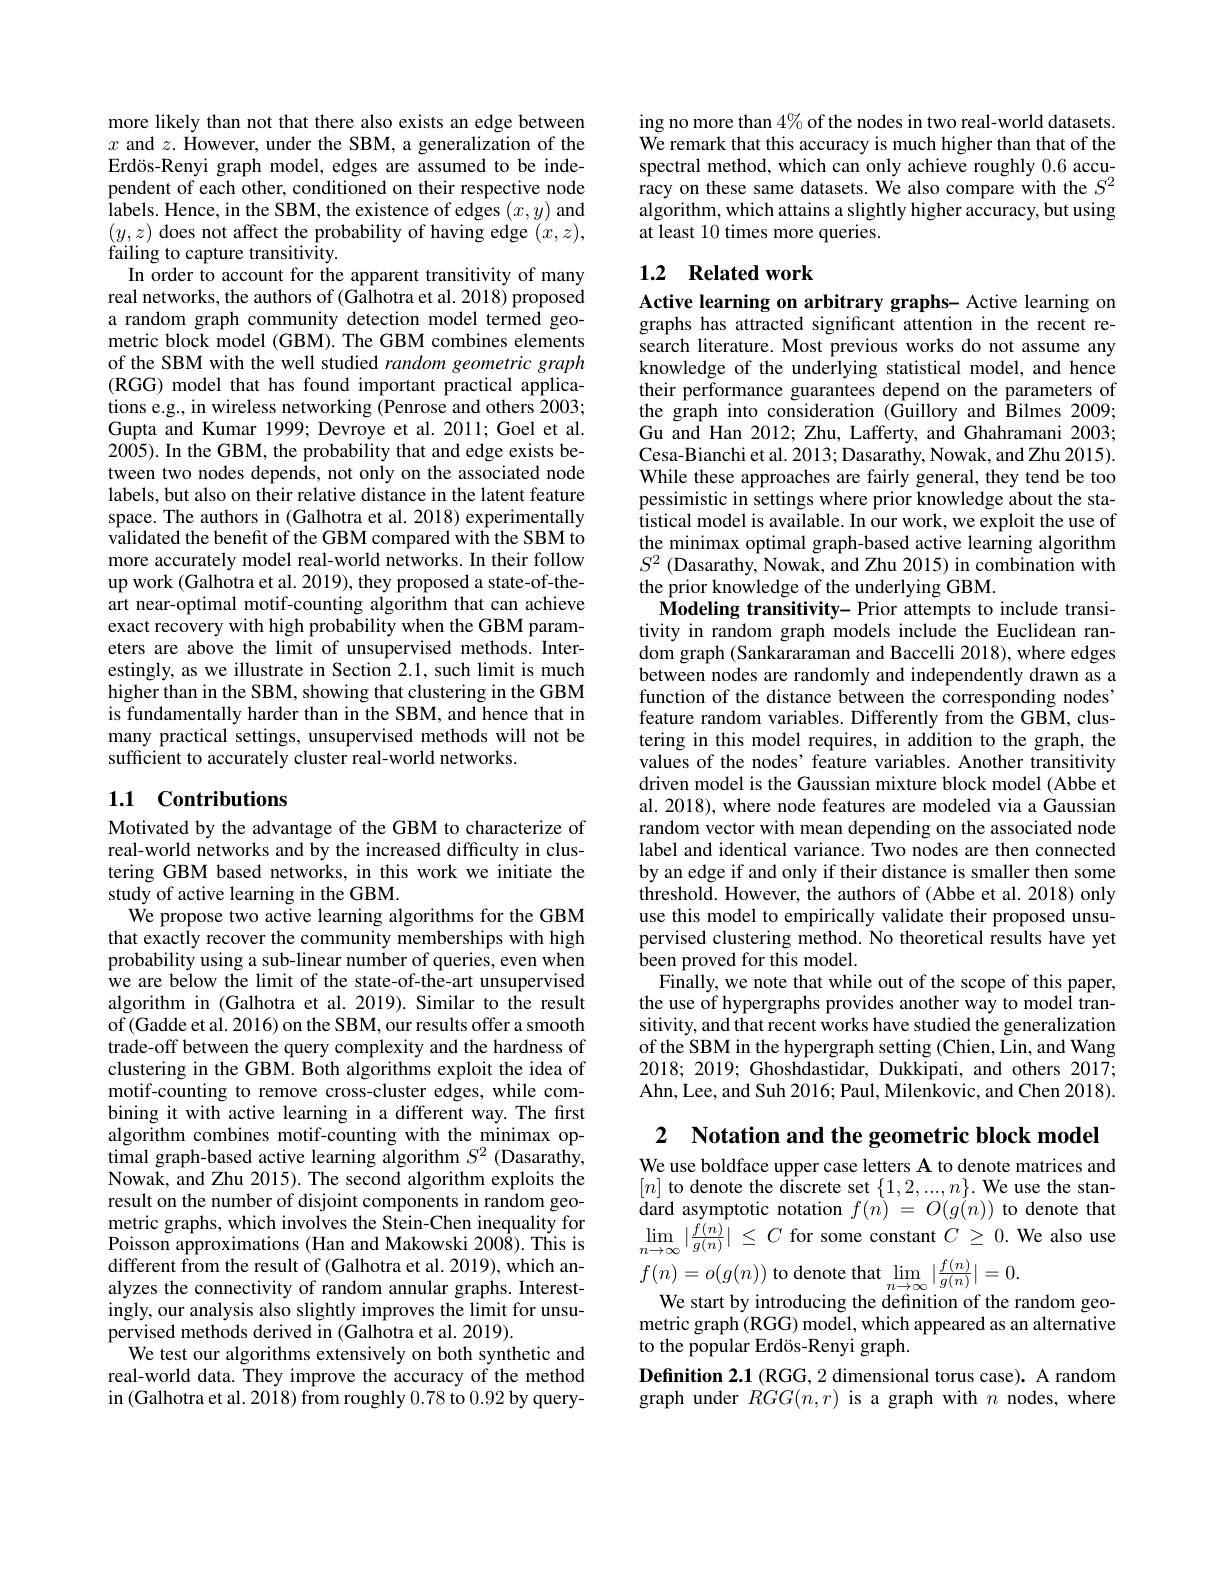
more likely than not that there also exists an edge between $x$ and $z.$ However, under the SBM, a generalization of the Erdös-Renyi graph model, edges are assumed to be independent of each other, conditioned on their respective node labels. Hence, in the SBM, the existence of edges $( x, y) and .$ $\begin{array}{l}{(y,z)\text{ does not affect the probability of having edge }(x,z),}\\{\text{failing to capture transitivity.}}\end{array}$ In order to account for the apparent transitivity of many
real networks, the authors of (Galhotra et al. 2018) proposed a random graph community detection model termed geometric block model (GBM). The GBM combines elements of the SBM with the well studied random geometric graph (RGG) model that has found important practical applications e.g., in wireless networking (Penrose and others 2003; Gupta and Kumar 1999; Devroye et al. 2011; Goel et al. 2005). In the GBM, the probability that and edge exists between two nodes depends, not only on the associated node labels, but also on their relative distance in the latent feature space. The authors in (Galhotra et al. 2018) experimentally $\hat{\text{validated the benefit of the GBM compared with the SBM to}}$ more accurately model real-world networks. In their follow up work (Galhotra et al. 2019), they proposed a state-of-theart near-optimal motif-counting algorithm that can achieve exact recovery with high probability when the GBM parameters are above the limit of unsupervised methods. Interestingly, as we illustrate in Section 2.1, such limit is much higher than in the SBM, showing that clustering in the GBM is fundamentally harder than in the SBM, and hence that in many practical settings, unsupervised methods will not be sufficient to accurately cluster real-world networks.

## 1.1 Contributions

Motivated by the advantage of the GBM to characterize of real-world networks and by the increased difficulty in clustering GBM based networks, in this work we initiate the study of active learning in the GBM.
We propose two active learning algorithms for the GBM that exactly recover the community memberships with high probability using a sub-linear number of queries, even when we are below the limit of the state-of-the-art unsupervised algorithm in (Galhotra et al. 2019). Similar to the result of(Gadde et al. 2016) on the SBM, our results offer a smooth trade-off between the query complexity and the hardness of clustering in the GBM. Both algorithms exploit the idea of motif-counting to remove cross-cluster edges, while combining it with active learning in a different way. The first algorithm combines motif-counting with the minimax optimal graph-based active learning algorithm $S^2$ (Dasarathy, Nowak, and Zhu 2015). The second algorithm exploits the result on the number of disjoint components in random geometric graphs, which involves the Stein-Chen inequality for Poisson approximations (Han and Makowski 2008). This is $\hat{\text{different from the result of }}($Galhotra et al.2019), which analyzes the connectivity of random annular graphs. Interestingly, our analysis also slightly improves the limit for unsupervised methods derived in (Galhotra et al. 2019).
We test our algorithms extensively on both synthetic and real-world data. They improve the accuracy of the method in (Galhotra et al. 2018) from roughly 0.78 to 0.92 by query-

ing no more than 4% of the nodes in two real-world datasets. We remark that this accuracy is much higher than that of the spectral method, which can only achieve roughly 0.6 accuracy on these same datasets. We also compare with the $S^2$ algorithm, which attains a slightly higher accuracy, but using at least 10 times more queries.

## 1.2 Related work

Active learning on arbitrary graphs- Active learning on graphs has attracted significant attention in the recent research literature. Most previous works do not assume any knowledge of the underlying statistical model, and hence their performance guarantees depend on the parameters of the graph into consideration (Guillory and ÎBilmes 2009; Gu and Han 2012; Zhu, Lafferty, and Ghahramani 2003; Cesa-Bianchi et al. 2013; Dasarathy, Nowak, and Zhu 2015). While these approaches are fairly general, they tend be too pessimistic in settings where prior knowledge about the sta- $\hat{\text{tistical model is available. In our work, we exploit the use of}}$ the minimax optimal graph-based active learning algorithm $S^2$ (Dasarathy, Nowak, and Zhu 2015) in combination with the prior knowledge of the underlying GBM.
$\hat{\textbf{Modeling transitivity- Prior attempts to include transi-}}$ tivity in random graph models include the Euclidean random graph (Sankararaman and Baccelli 2018), where edges between nodes are randomly and independently drawn as a function of the distance between the corresponding nodes' feature random variables. Differently from the GBM, clustering in this model requires, in addition to the graph, the values of the nodes' feature variables. Another transitivity driven model is the Gaussian mixture block model (Abbe et al. 2018), where node features are modeled via a Gaussian random vector with mean depending on the associated node label and identical variance. Two nodes are then connected by an edge if and only if their distance is smaller then some threshold. However, the authors of (Abbe et al. 2018) only use this model to empirically validate their proposed unsupervised clustering method. No theoretical results have yet been proved for this model.
Finally, we note that while out of the scope of this paper, the use of hypergraphs provides another way to model transitivity, and that recent works have studied the generalization of the SBM in the hypergraph setting (Chien, Lin, and Wang 2018;2019; Ghoshdastidar, Dukkipati, and others 2017; Ahn, Lee, and Suh 2016; Paul, Milenkovic, and Chen 2018). 2 Notation and the geometric block model

We use boldface upper case letters A to denote matrices and $[n]$ to denote the discrete set $\{1,2,...,n\}.$ We use the standard asymptotic notation $f(n)=O(g(n))$ to denote that $\operatorname*{lim}_{n\to\infty}|\frac{f(n)}{g(n)}|\leq C$ for some constant $C\geq0.$ We also use $f(n)=o(g(n))$ to denote that $\lim_n\to\infty|\frac{f(n)}{g(n)}|=0.$
We start by introducing the definition of the random geometric graph (RGG) model, which appeared as an alternative to the popular Erdös-Renyi graph.
Definition 2.1 (RGG, 2 dimensional torus case). A random graph under $RGG(n,r)$ is a graph with $n$ nodes, where